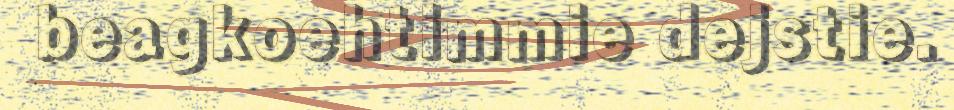
beagkoehtimmie dejstie.